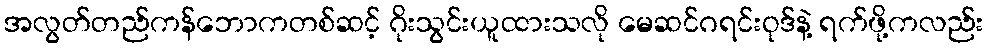
အလွတ်တည်ကန်ဘောကတစ်ဆင့် ဂိုးသွင်းယူထားသလို မေဆင်ဂရင်းဝုဒ်နဲ့ ရက်ဖို့ကလည်း